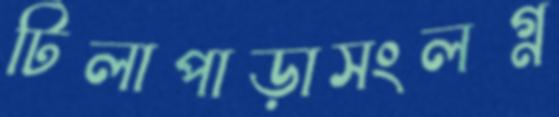
টিলাপাড়াসংলগ্ন